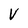
Character: V